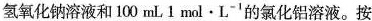
氢氧化钠溶液和100mL1mol·L^{-1} 的氯化铝溶液。按